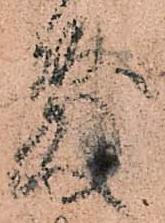
敷